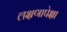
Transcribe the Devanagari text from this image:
लक्षणापेक्षा